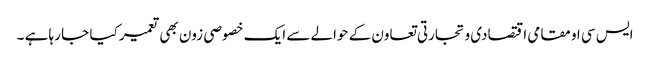
ایس سی او مقامی اقتصادی و تجارتی تعاون کے حوالے سے ایک خصوصی زون بھی تعمیر کیا جا رہا ہے ۔